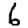
Digit: 6